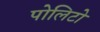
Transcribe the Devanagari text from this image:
पोलिटो